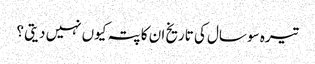
تیرہ سو سال کی تاریخ ان کا پتہ کیوں نہیں دیتی ؟